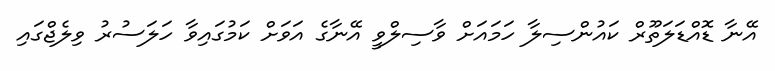
އޭނާ ޑޮއްޑަލަތޫރް ކައުންސިލާ ހަމައަށް ވާސިލްވީ އޭނާގެ އަވަށް ކަމުގައިވާ ހަލަސުރު ވިލެޖްގައި